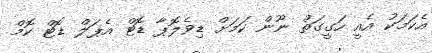
އެކަމަކު އެއީ ހަގީގަތް ނޫން ކަމަށް ޑިވެލޮޕާ ޑޮޓް އެޕަލް ޑޮޓް ކޮމް